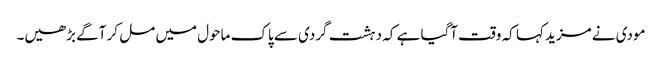
مودی نے مزید کہا کہ وقت آگیا ہے کہ دہشت گردی سے پاک ماحول میں مل کر آگے بڑھیں۔